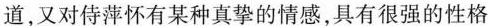
道,又对侍萍怀有某种真垫的情感,具有很强的性格